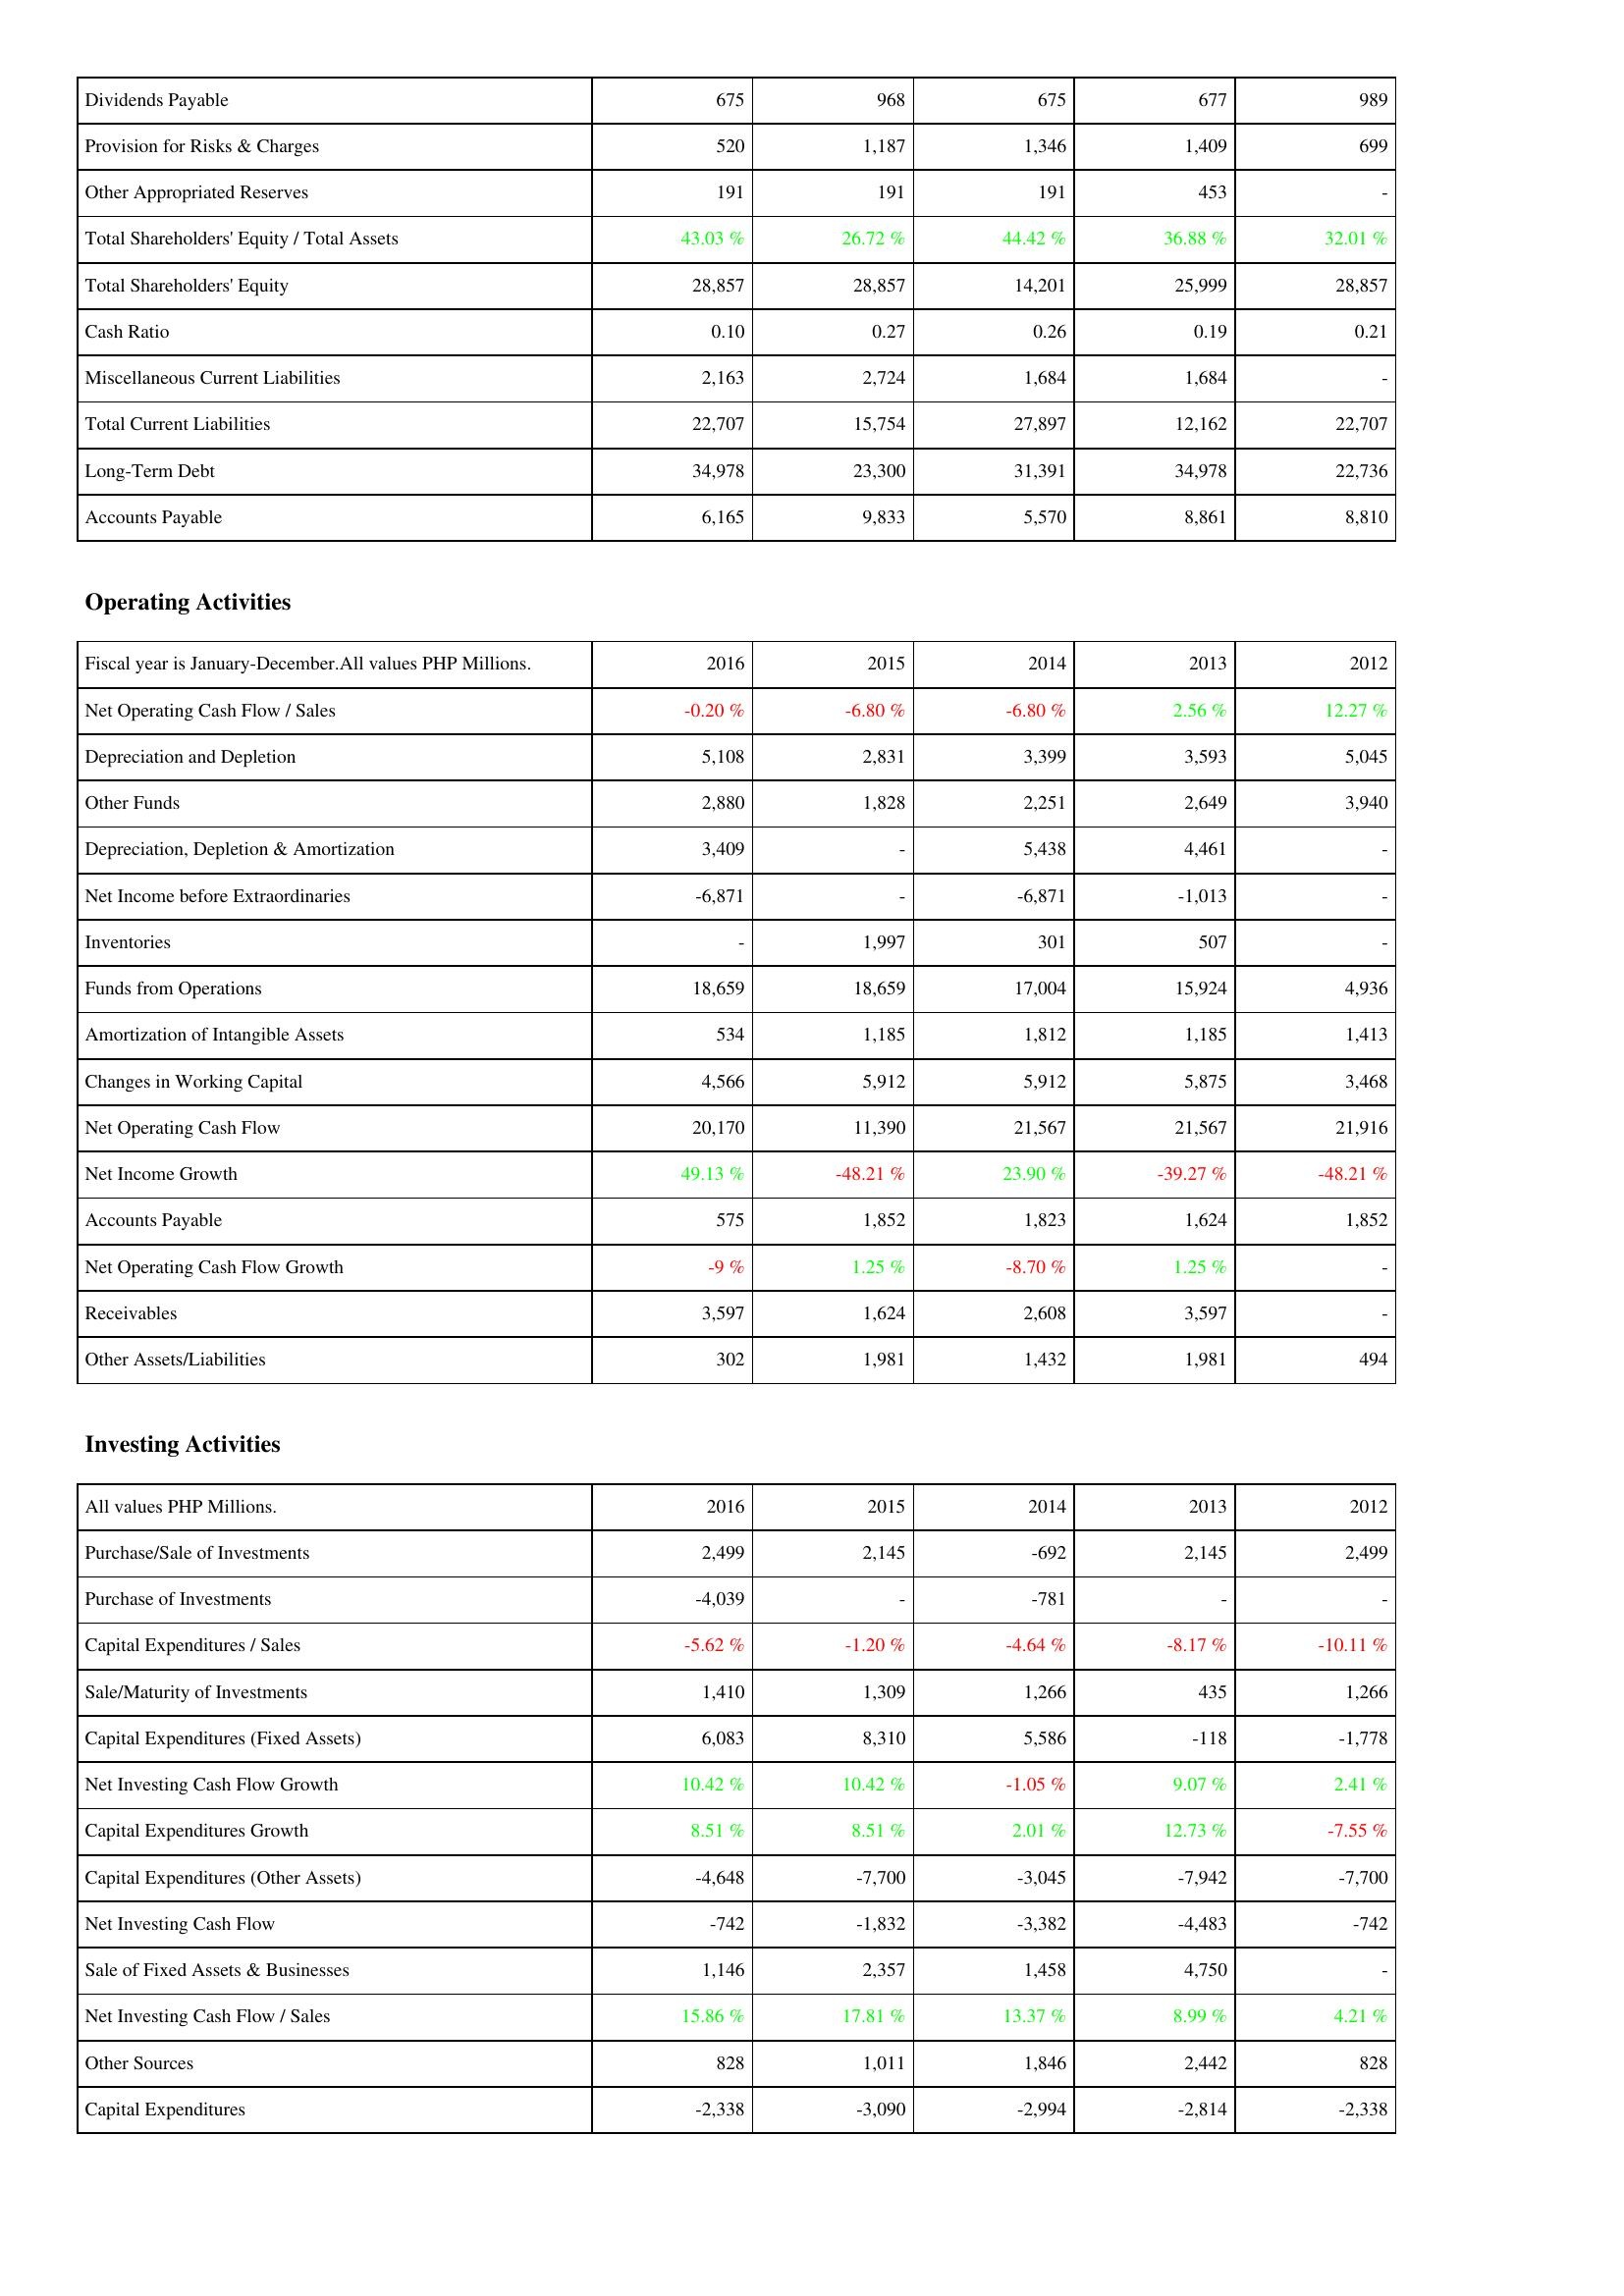
2016: Liabilities & Shareholders' Equity: Dividends Payable: 675
Provision for Risks & Charges: 520
Other Appropriated Reserves: 191
Total Shareholders' Equity / Total Assets: 43.03 %
Total Shareholders' Equity: 28,857
Cash Ratio: 0.10
Miscellaneous Current Liabilities: 2,163
Total Current Liabilities: 22,707
Long-Term Debt: 34,978
Accounts Payable: 6,165
Operating Activities: Net Operating Cash Flow / Sales: -0.20 %
Depreciation and Depletion: 5,108
Other Funds: 2,880
Depreciation, Depletion & Amortization: 3,409
Net Income before Extraordinaries: -6,871
Inventories: -
Funds from Operations: 18,659
Amortization of Intangible Assets: 534
Changes in Working Capital: 4,566
Net Operating Cash Flow: 20,170
Net Income Growth: 49.13 %
Accounts Payable: 575
Net Operating Cash Flow Growth: -9 %
Receivables: 3,597
Other Assets/Liabilities: 302
Investing Activities: Purchase/Sale of Investments: 2,499
Purchase of Investments: -4,039
Capital Expenditures / Sales: -5.62 %
Sale/Maturity of Investments: 1,410
Capital Expenditures (Fixed Assets): 6,083
Net Investing Cash Flow Growth: 10.42 %
Capital Expenditures Growth: 8.51 %
Capital Expenditures (Other Assets): -4,648
Net Investing Cash Flow: -742
Sale of Fixed Assets & Businesses: 1,146
Net Investing Cash Flow / Sales: 15.86 %
Other Sources: 828
Capital Expenditures: -2,338
2015: Liabilities & Shareholders' Equity: Dividends Payable: 968
Provision for Risks & Charges: 1,187
Other Appropriated Reserves: 191
Total Shareholders' Equity / Total Assets: 26.72 %
Total Shareholders' Equity: 28,857
Cash Ratio: 0.27
Miscellaneous Current Liabilities: 2,724
Total Current Liabilities: 15,754
Long-Term Debt: 23,300
Accounts Payable: 9,833
Operating Activities: Net Operating Cash Flow / Sales: -6.80 %
Depreciation and Depletion: 2,831
Other Funds: 1,828
Depreciation, Depletion & Amortization: -
Net Income before Extraordinaries: -
Inventories: 1,997
Funds from Operations: 18,659
Amortization of Intangible Assets: 1,185
Changes in Working Capital: 5,912
Net Operating Cash Flow: 11,390
Net Income Growth: -48.21 %
Accounts Payable: 1,852
Net Operating Cash Flow Growth: 1.25 %
Receivables: 1,624
Other Assets/Liabilities: 1,981
Investing Activities: Purchase/Sale of Investments: 2,145
Purchase of Investments: -
Capital Expenditures / Sales: -1.20 %
Sale/Maturity of Investments: 1,309
Capital Expenditures (Fixed Assets): 8,310
Net Investing Cash Flow Growth: 10.42 %
Capital Expenditures Growth: 8.51 %
Capital Expenditures (Other Assets): -7,700
Net Investing Cash Flow: -1,832
Sale of Fixed Assets & Businesses: 2,357
Net Investing Cash Flow / Sales: 17.81 %
Other Sources: 1,011
Capital Expenditures: -3,090
2014: Liabilities & Shareholders' Equity: Dividends Payable: 675
Provision for Risks & Charges: 1,346
Other Appropriated Reserves: 191
Total Shareholders' Equity / Total Assets: 44.42 %
Total Shareholders' Equity: 14,201
Cash Ratio: 0.26
Miscellaneous Current Liabilities: 1,684
Total Current Liabilities: 27,897
Long-Term Debt: 31,391
Accounts Payable: 5,570
Operating Activities: Net Operating Cash Flow / Sales: -6.80 %
Depreciation and Depletion: 3,399
Other Funds: 2,251
Depreciation, Depletion & Amortization: 5,438
Net Income before Extraordinaries: -6,871
Inventories: 301
Funds from Operations: 17,004
Amortization of Intangible Assets: 1,812
Changes in Working Capital: 5,912
Net Operating Cash Flow: 21,567
Net Income Growth: 23.90 %
Accounts Payable: 1,823
Net Operating Cash Flow Growth: -8.70 %
Receivables: 2,608
Other Assets/Liabilities: 1,432
Investing Activities: Purchase/Sale of Investments: -692
Purchase of Investments: -781
Capital Expenditures / Sales: -4.64 %
Sale/Maturity of Investments: 1,266
Capital Expenditures (Fixed Assets): 5,586
Net Investing Cash Flow Growth: -1.05 %
Capital Expenditures Growth: 2.01 %
Capital Expenditures (Other Assets): -3,045
Net Investing Cash Flow: -3,382
Sale of Fixed Assets & Businesses: 1,458
Net Investing Cash Flow / Sales: 13.37 %
Other Sources: 1,846
Capital Expenditures: -2,994
2013: Liabilities & Shareholders' Equity: Dividends Payable: 677
Provision for Risks & Charges: 1,409
Other Appropriated Reserves: 453
Total Shareholders' Equity / Total Assets: 36.88 %
Total Shareholders' Equity: 25,999
Cash Ratio: 0.19
Miscellaneous Current Liabilities: 1,684
Total Current Liabilities: 12,162
Long-Term Debt: 34,978
Accounts Payable: 8,861
Operating Activities: Net Operating Cash Flow / Sales: 2.56 %
Depreciation and Depletion: 3,593
Other Funds: 2,649
Depreciation, Depletion & Amortization: 4,461
Net Income before Extraordinaries: -1,013
Inventories: 507
Funds from Operations: 15,924
Amortization of Intangible Assets: 1,185
Changes in Working Capital: 5,875
Net Operating Cash Flow: 21,567
Net Income Growth: -39.27 %
Accounts Payable: 1,624
Net Operating Cash Flow Growth: 1.25 %
Receivables: 3,597
Other Assets/Liabilities: 1,981
Investing Activities: Purchase/Sale of Investments: 2,145
Purchase of Investments: -
Capital Expenditures / Sales: -8.17 %
Sale/Maturity of Investments: 435
Capital Expenditures (Fixed Assets): -118
Net Investing Cash Flow Growth: 9.07 %
Capital Expenditures Growth: 12.73 %
Capital Expenditures (Other Assets): -7,942
Net Investing Cash Flow: -4,483
Sale of Fixed Assets & Businesses: 4,750
Net Investing Cash Flow / Sales: 8.99 %
Other Sources: 2,442
Capital Expenditures: -2,814
2012: Liabilities & Shareholders' Equity: Dividends Payable: 989
Provision for Risks & Charges: 699
Other Appropriated Reserves: -
Total Shareholders' Equity / Total Assets: 32.01 %
Total Shareholders' Equity: 28,857
Cash Ratio: 0.21
Miscellaneous Current Liabilities: -
Total Current Liabilities: 22,707
Long-Term Debt: 22,736
Accounts Payable: 8,810
Operating Activities: Net Operating Cash Flow / Sales: 12.27 %
Depreciation and Depletion: 5,045
Other Funds: 3,940
Depreciation, Depletion & Amortization: -
Net Income before Extraordinaries: -
Inventories: -
Funds from Operations: 4,936
Amortization of Intangible Assets: 1,413
Changes in Working Capital: 3,468
Net Operating Cash Flow: 21,916
Net Income Growth: -48.21 %
Accounts Payable: 1,852
Net Operating Cash Flow Growth: -
Receivables: -
Other Assets/Liabilities: 494
Investing Activities: Purchase/Sale of Investments: 2,499
Purchase of Investments: -
Capital Expenditures / Sales: -10.11 %
Sale/Maturity of Investments: 1,266
Capital Expenditures (Fixed Assets): -1,778
Net Investing Cash Flow Growth: 2.41 %
Capital Expenditures Growth: -7.55 %
Capital Expenditures (Other Assets): -7,700
Net Investing Cash Flow: -742
Sale of Fixed Assets & Businesses: -
Net Investing Cash Flow / Sales: 4.21 %
Other Sources: 828
Capital Expenditures: -2,338